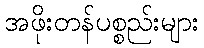
အဖိုးတန်ပစ္စည်းများ